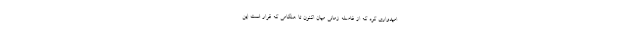
امیدواری کرد که از فاصله زمانی میان اکنون تا هنگامی که قرار است این